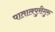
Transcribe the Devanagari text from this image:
पातालपुरीगुरु